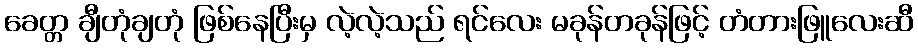
ခေတ္တ ချီတုံချတုံ ဖြစ်နေပြီးမှ လဲ့လဲ့သည် ရင်လေး မခုန်တခုန်ဖြင့် တံတားဖြူလေးဆီ